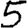
Digit: 5